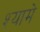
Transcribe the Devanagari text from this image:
श्यामे